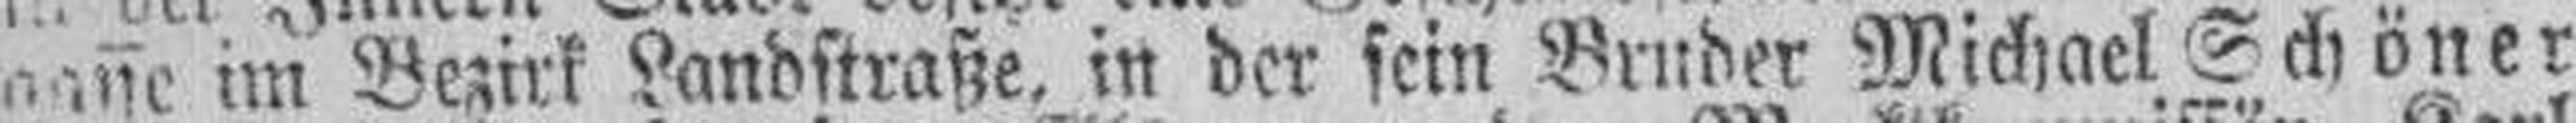
gasse im Bezirk Landstraße, in der sein Bruder Michael Schöner